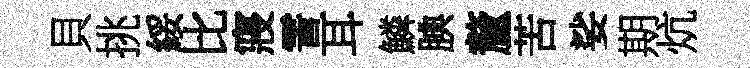
貝挑綏比寢霅耳鱗腆釐苦娑期炕